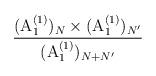
LaTeX: \begin{align*}\frac{({\rm A}^{(1)}_1)_N \times ({\rm A}^{(1)}_1)_{N'}}{({\rm A}^{(1)}_1)_{N+N'}}\end{align*}